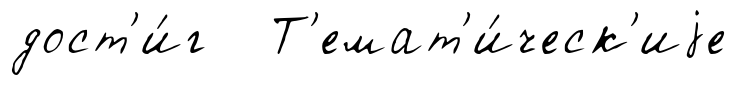
дост'и́г Т'емат'и́ческ'иjе